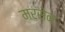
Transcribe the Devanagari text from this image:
मरसेन